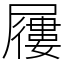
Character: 屨